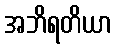
အဘိရတိယာ